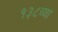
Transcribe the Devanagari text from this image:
१३८व्या